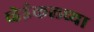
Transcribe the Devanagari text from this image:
व्हेईकलच्या